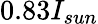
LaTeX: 0.83I_{sun}